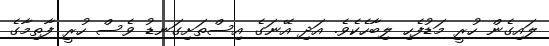
ލައިގެން ހުރީ މަޑުފެހި ލިބާހެކެވެ. އަދި އޭނަގެ އިސްތަށިގަނޑު ވެސް ހުރީ ފާތިމާގެ